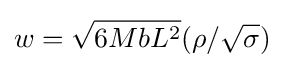
w={\sqrt {6MbL^{2}}}(\rho /{\sqrt {\sigma }})